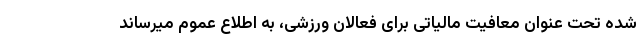
شده تحت عنوان معافیت مالیاتی برای فعالان ورزشی، به اطلاع عموم میرساند